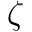
\zeta